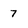
Character: 7